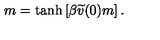
m = \tanh \left[ \beta \widetilde { v } ( 0 ) m \right] .